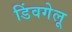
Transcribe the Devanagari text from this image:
डिंवगेलू